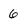
Character: 6